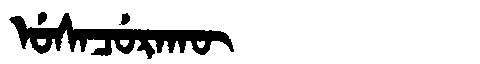
Manchu: ᡠᠰᠠᠴᡠᡵᠠᡴᡡ
Romanization: USACURAKŪ